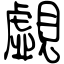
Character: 覷